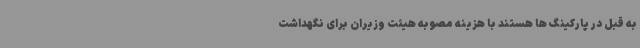
به قبل در پارکینگ ها هستند با هزینه مصوبه هیئت وزیران برای نگهداشت